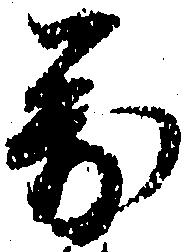
万